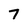
Character: 7